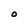
Character: O